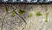
إخرجوا